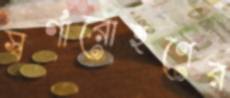
স্বর্গারোহণের